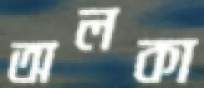
অলকা